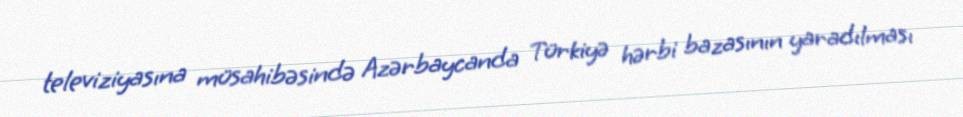
televiziyasına müsahibəsində Azərbaycanda Türkiyə hərbi bazasının yaradılması